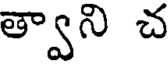
త్వాని చ